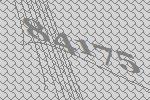
84175